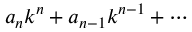
a _ { n } k ^ { n } + a _ { n - 1 } k ^ { n - 1 } + \cdots